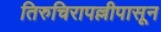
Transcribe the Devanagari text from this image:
तिरुचिरापल्लीपासून